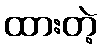
ထားတဲ့